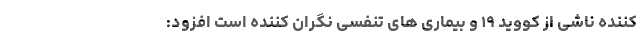
کننده ناشی از کووید ۱۹ و بیماری های تنفسی نگران کننده است افزود: